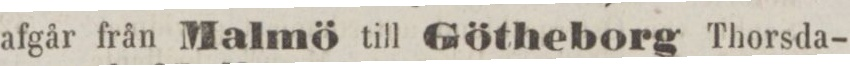
afgår från Malmö till Götheborg Thorsda-